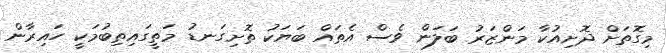
މިގޮތަށް ދޮށިއުކާ މަންޒަރު ބަލަން ވެސް އެތައް ބަޔަކު ތޮށިގަނޑު މަތީގައިތިބުމަކީ ހައިރާން